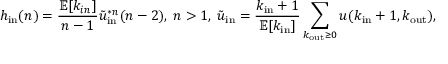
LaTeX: h _ { \mathrm { i n } } ( n ) = { \frac { \mathbb { E } [ k _ { i n } ] } { n - 1 } } { \tilde { u } } _ { \mathrm { i n } } ^ { * n } ( n - 2 ) , \; n > 1 , \; { \tilde { u } } _ { \mathrm { i n } } = { \frac { k _ { \mathrm { i n } } + 1 } { \mathbb { E } [ k _ { \mathrm { i n } } ] } } \sum _ { k _ { \mathrm { o u t } } \geq 0 } u ( k _ { \mathrm { i n } } + 1 , k _ { \mathrm { o u t } } ) ,